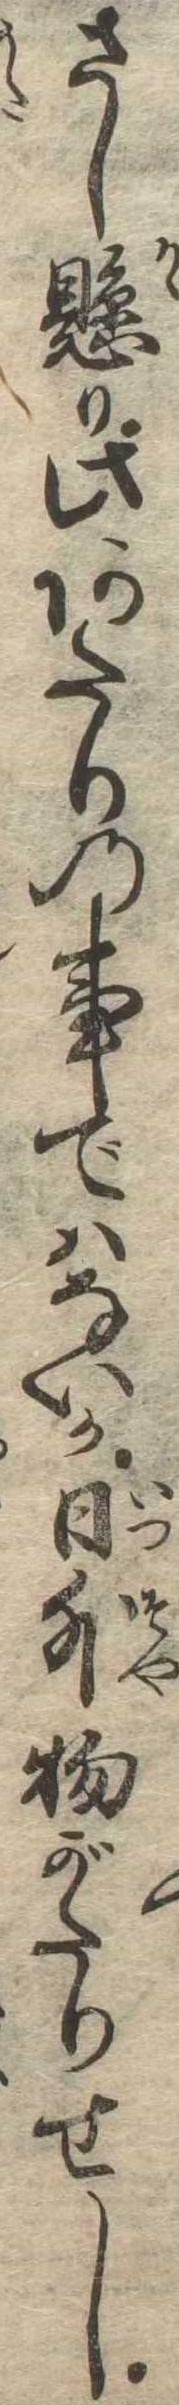
さし懸り此あたりの事ではないか日外物がたりせし